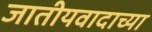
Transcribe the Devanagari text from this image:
जातीयवादाच्या